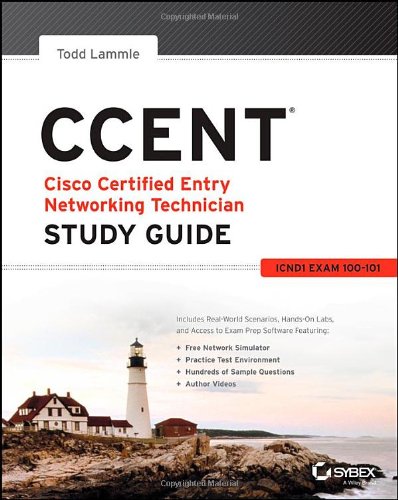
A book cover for CCENT Study Guide: Exam 100-101 (ICND1); Todd Lammle; Computers & Technology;